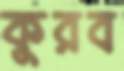
কুরব